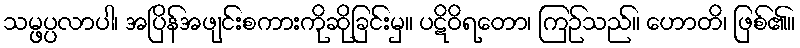
သမ္ဖပ္ပလာပါ၊ အပြိန်အဖျင်းစကားကိုဆိုခြင်းမှ။ ပဋိဝိရတော၊ ကြဉ်သည်။ ဟောတိ၊ ဖြစ်၏။